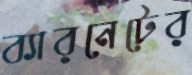
ব্যারনেটের